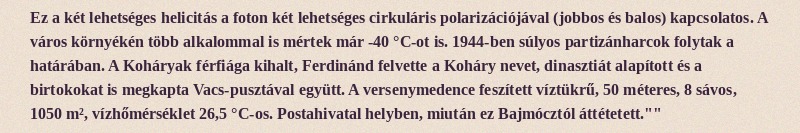
Ez a két lehetséges helicitás a foton két lehetséges cirkuláris polarizációjával (jobbos és balos) kapcsolatos. A város környékén több alkalommal is mértek már -40 °C-ot is. 1944-ben súlyos partizánharcok folytak a határában. A Koháryak férfiága kihalt, Ferdinánd felvette a Koháry nevet, dinasztiát alapított és a birtokokat is megkapta Vacs-pusztával együtt. A versenymedence feszített víztükrű, 50 méteres, 8 sávos, 1050 m², vízhőmérséklet 26,5 °C-os. Postahivatal helyben, miután ez Bajmócztól áttétetett.""